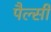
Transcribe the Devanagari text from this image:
पैल्सी